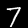
Label: 7